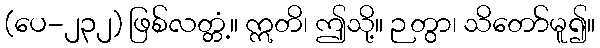
(ပေ-၂၃၂) ဖြစ်လတ္တံ့။ ဣတိ၊ ဤသို့။ ဉတွာ၊ သိတော်မူ၍။